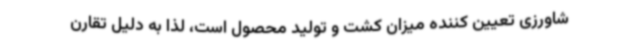
شاورزی تعیین کننده میزان کشت و تولید محصول است، لذا به دلیل تقارن